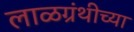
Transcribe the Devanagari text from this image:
लाळग्रंथीच्या